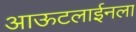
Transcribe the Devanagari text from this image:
आऊटलाईनला